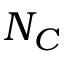
N _ { C }